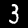
Digit: 3